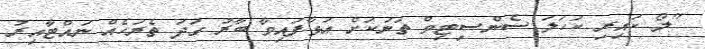
"ލޯ ކައިރި ކަހަލަ ސެންސިޓިވް ތަނަކަށް އަޅާފައިވާ ބާރު ގަދަ ތެރަހެއް ނައްޓާއިރު